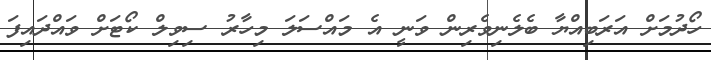
ހޯދުމަށް އަރަބިއްޔާ ބެލެނިވެރިން ވަނީ އެ މައްސަލަ މިހާރު ސިވިލް ކޯޓަށް ވައްދައިފަ